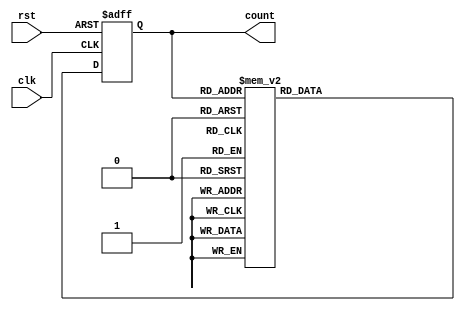
module gray_code_ring_counter(
    input wire clk,
    input wire rst,
    output reg [3:0] count
);

reg [3:0] next_count;

always @(posedge clk or posedge rst) begin
    if (rst) begin
        count <= 4'b0000;
    end else begin
        count <= next_count;
    end
end

always @(*) begin
    case(count)
        4'b0000: next_count = 4'b0001;
        4'b0001: next_count = 4'b0011;
        4'b0011: next_count = 4'b0010;
        4'b0010: next_count = 4'b0110;
        4'b0110: next_count = 4'b0111;
        4'b0111: next_count = 4'b0101;
        4'b0101: next_count = 4'b0100;
        4'b0100: next_count = 4'b1100;
        4'b1100: next_count = 4'b1101;
        4'b1101: next_count = 4'b1111;
        4'b1111: next_count = 4'b1110;
        4'b1110: next_count = 4'b1010;
        4'b1010: next_count = 4'b1011;
        4'b1011: next_count = 4'b1001;
        4'b1001: next_count = 4'b1000;
        4'b1000: next_count = 4'b0000;
        default: next_count = 4'bxxxx;
    endcase
end

endmodule